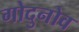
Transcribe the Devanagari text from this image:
गोदुनोव